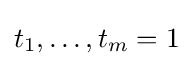
t_{1},\dots ,t_{m}=1